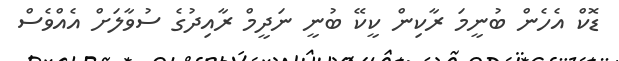
ޑޮކް އެހެން ބުނީމަ ރާކިން ކީކޭ ބުނީ ނަދީމް ރާއިދުގެ ސުވާލަށް އެއްވެސް